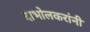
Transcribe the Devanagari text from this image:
दाभोलकरांनी